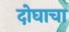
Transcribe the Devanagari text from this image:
दोघाचा